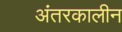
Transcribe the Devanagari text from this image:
अंतरकालीन